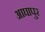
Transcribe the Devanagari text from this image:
आघापुर